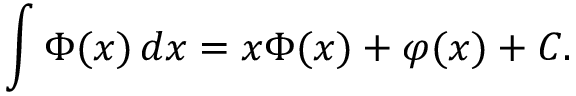
\int \Phi ( x ) \, d x = x \Phi ( x ) + \varphi ( x ) + C .